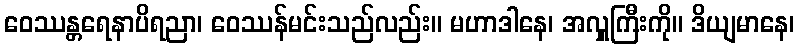
ဝေဿန္တရေနာပိရညာ၊ ဝေဿန်မင်းသည်လည်း။ မဟာဒါနေ၊ အလှူကြီးကို။ ဒိယျမာနေ၊